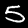
Digit: 5